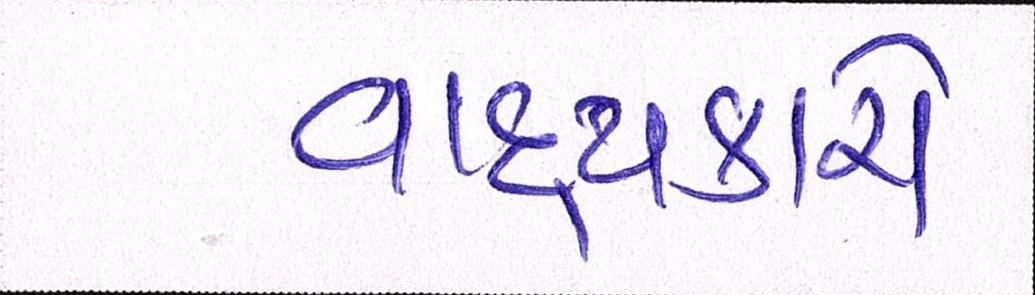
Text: વાદ્યકારો